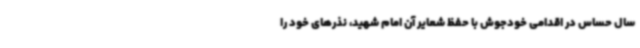
سال حساس در اقدامی خودجوش با حفظ شعایر آن امام شهید، نذرهای خود را